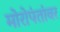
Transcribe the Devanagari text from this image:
मोरोपंतांवर